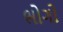
ભોગો